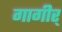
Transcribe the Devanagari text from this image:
गागीर्